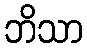
ဘိသာ